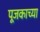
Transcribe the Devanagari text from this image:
पूजकाच्या